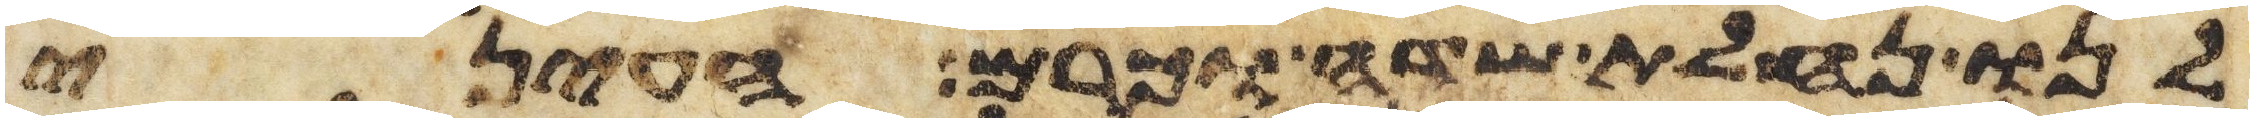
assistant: לנו נחלת שדה או כרם העיני